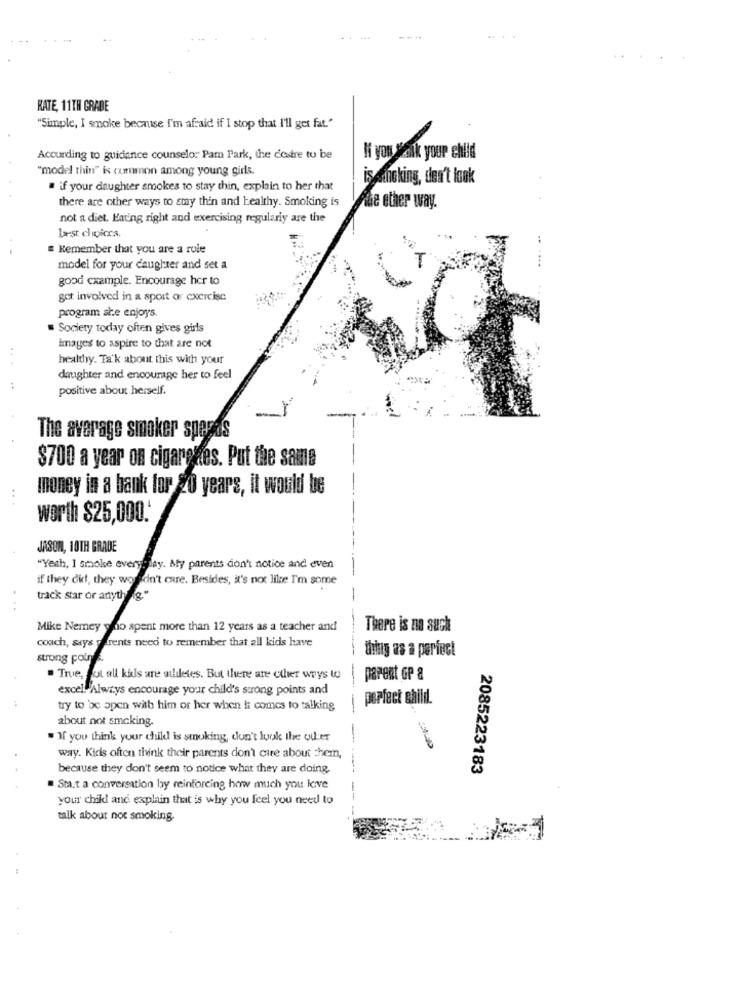
KATE, 11TH GRADE
"Simple, I smoke because I'm afraid if I stop that I'll get fat."
According to guidance counselor Pam Park, the destre to be
If you ask your child
"model thin" is common among young girls.
İşeineking, den't look
if your daughter smokes to stay thin, explain to her that
there are other ways to smy thin and healthy. Smoking is
The other way.
not a diet. Eating right and exercising regularly are the
best choices.
..
= Remember that you are a role
model for your daughter and set a
good example. Encourage her to
got involved in a sport or exercise
program she enjoys
= Society today often gives girls
images to aspire to that are not
healthy. Ta'k about this with your
...
daughter and encourage her to feel
positive about herself.
The average smoker spepas
$700 a year on cigarettes. Put the same
money in a bank for 20 years, it would be
..
worth $25,000.
JASON, 10TH GRADE
"Yeah, I smoke every day. My parents don't notice and even
if they did, they wouldn't care. Besides, it's not like I'm some
track star or anything."
-
Mike Nemey yo spent more than 12 years as a teacher and
There is no such
coach, says parents need to remember that all kids have
thing as a perfect
strong poins.
" True, fot all kids are auiletes. But there are other ways to
parent GP &
excell Always encourage your child's strong points and
perfect child.
try to be open with him or her when it comes to talking
about not smoking.
" If you think your child is smoking, don't look the ou er
way. Kicks often think their parents don't care about them,
because they don't seem to notice what they are doing.
2085223183
Start a conversation by reinforcing how much you love
your chikl and explain that is why you feel you need to
--
talk about not smoking.